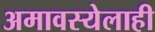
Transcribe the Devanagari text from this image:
अमावस्येलाही